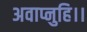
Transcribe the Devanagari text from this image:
अवाप्नुहि।।